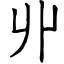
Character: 丱